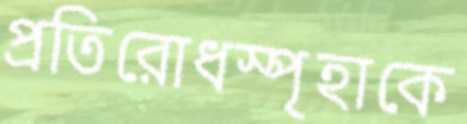
প্রতিরোধস্পৃহাকে